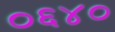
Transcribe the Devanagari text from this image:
०६४०